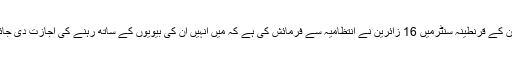
ملتان کے قرنطینہ سنٹرمیں 16 زائرین نے انتظامیہ سے فرمائش کی ہے کہ میں انہیں ان کی بیویوں کے ساتھ رہنے کی اجازت دی جائے۔